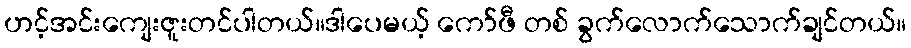
ဟင့်အင်းကျေးဇူးတင်ပါတယ်။ဒါပေမယ့် ကော်ဖီ တစ် ခွက်လောက်သောက်ချင်တယ်။